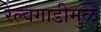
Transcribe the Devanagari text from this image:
रेल्वगाडीमुळे